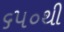
૬૫૦થી